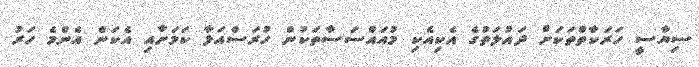
ސިޔާސީ ހަރަކާތްތަކަށް ދައުލަތުގެ އެކިއެކި މުއައްސަސާތަކުން ހުރަސްއަޅާ ކަމަށާއި އެކަން އެންމެ ހަރު